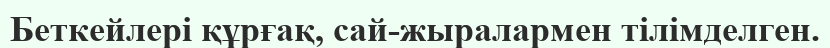
Беткейлері құрғақ, сай-жыралармен тілімделген.